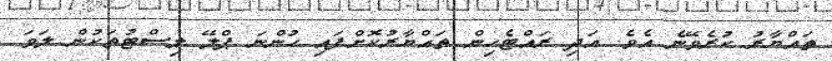
ތައްޔާރު ކުރެވޭނެ އެވެ. އަދި ރައްޓެހިން ތައްޔާރުކޮށްފައި ހުންނަ ޕްލޭ ލިސްޓުތަކުން ލަވަ